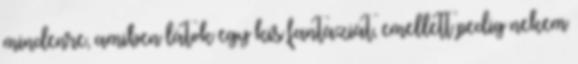
mindenre, amiben látok egy kis fantáziát, emellett pedig nekem